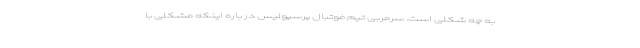
به چه شکلی است. سرمربی تیم فوتبال پرسپولیس در باره اینکه مشکلی با